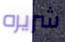
شريره